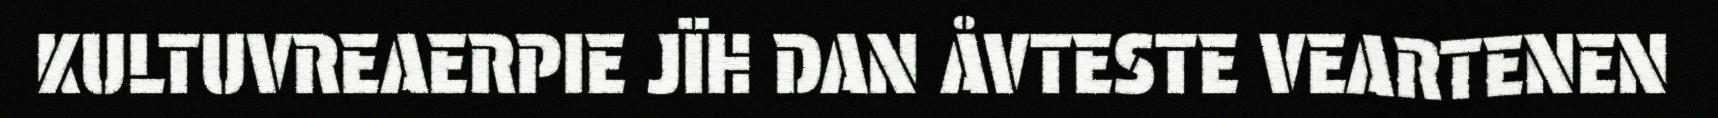
KULTUVREAERPIE JÏH DAN ÅVTESTE VEARTENEN